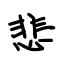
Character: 悲